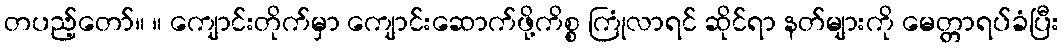
တပည့်တော်။ ။ ကျောင်းတိုက်မှာ ကျောင်းဆောက်ဖို့ကိစ္စ ကြုံလာရင် ဆိုင်ရာ နတ်များကို မေတ္တာရပ်ခံပြီး